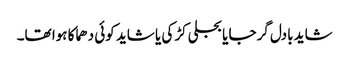
شاید بادل گرجا یا بجلی کڑکی یا شاید کوئی دھماکا ہوا تھا۔